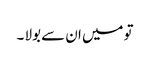
تو میں ان سے بولا ۔